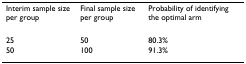
<table><thead><tr><td><b>Interim sample size per group</b></td><td><b>Final sample size per group</b></td><td><b>Probability of identifying the optimal arm</b></td></tr></thead><tbody><tr><td>25</td><td>50</td><td>80.3%</td></tr><tr><td>50</td><td>100</td><td>91.3%</td></tr></tbody></table>